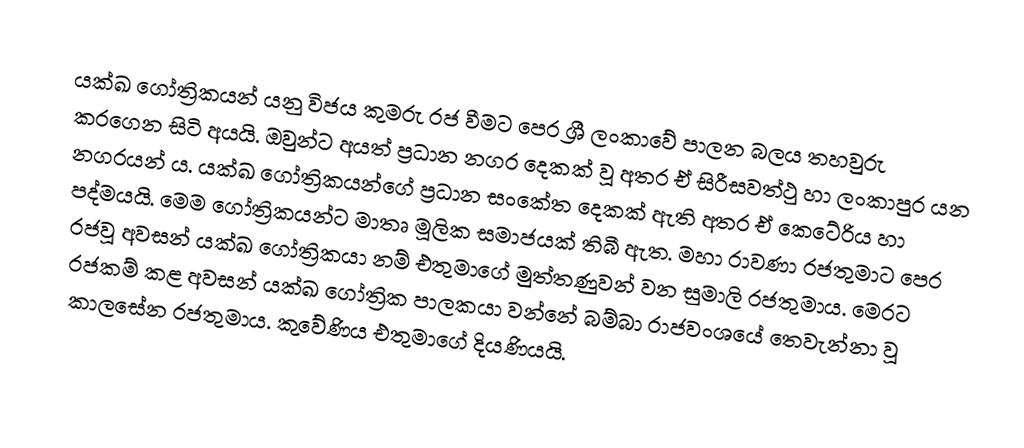
යක්ඛ ගෝත්‍රිකයන් යනු විජය කුමරු රජ වීමට පෙර ශ්‍රී ලංකාවේ පාලන බලය තහවුරු කරගෙන සිටි අයයි. ඔවුන්ට අයත් ප්‍රධාන නගර දෙකක් වූ අතර ඒ සිරීසවත්ථු හා ලංකාපුර යන නගරයන්‍ ය. යක්ඛ ගෝත්‍රිකයන්ගේ ප්‍රධාන සංකේත දෙකක් ඇති අතර ඒ කෙටේරිය හා පද්මයයි. මෙම ගෝත්‍රිකයන්ට මාතෘ මූලික සමාජයක් තිබී ඇත. මහා රාවණා රජතුමාට පෙර රජවූ අවසන් යක්ඛ ගෝත්‍රිකයා නම් එතුමාගේ මුත්තණුවන් වන සුමාලි රජතුමාය. මෙරට රජකම් කළ අවසන් යක්ඛ ගෝත්‍රික පාලකයා වන්නේ බම්බා රාජවංශයේ තෙවැන්නා වූ  කාලසේන රජතුමාය. කුවේණිය එතුමාගේ දියණියයි.